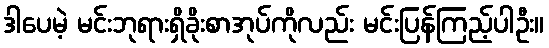
ဒါပေမဲ့ မင်းဘုရားရှိခိုးစာအုပ်ကိုလည်း မင်းပြန်ကြည့်ပါဦး။